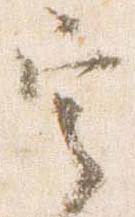
定